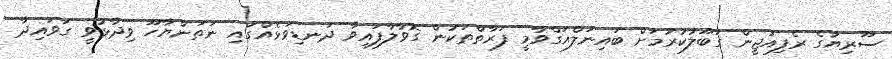
ސޫރިޔާގެ ރެފިއުޖީން ގަބޫލުކުރުމަށް ބައިނަލްއަގްވާމީ ފަރާތްތަކުން ގޮވާލާފައިވާ ދަނޑިވަޅެއްގައި ނަތަންޔާހޫ ވިދާޅުވީ ގަވައިދާ